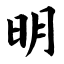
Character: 明